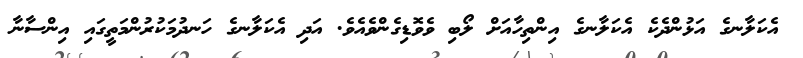
އެކަލާނގެ އަޅުންދެކެ އެކަލާނގެ އިންތިހާއަށް ލޯބި ވެވޮޑިގެންވެއެވެ. އަދި އެކަލާނގެ ހަނދުމަކުރުންމަތީގައި އިންސާނާ